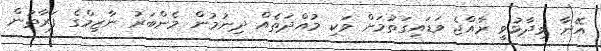
އޭނާ ވިދާޅުވީ ރާއްޖެ ވަޑައިގަތުމަށް ވަކި މުއްދަތެއް ދިނުމުން މެންބަރު ނާޒިމްގެ ފަރާތުން